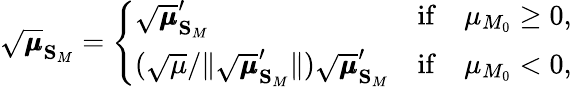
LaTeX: \sqrt{\pmb{\mu}}_{\mathbf{S}_{M}}=\left\{ \begin{array}{ll}{\sqrt{\pmb{\mu}}_{\mathbf{S}_{M}}^{\prime}}&{\mathrm{if}\quad\mu_{M_{0}}\geq 0,}\\ {(\sqrt{\mu}/\lVert\sqrt{\pmb{\mu}}_{\mathbf{S}_{M}}^{\prime}\rVert)\sqrt{\pmb{\mu}}_{\mathbf{S}_{M}}^{\prime}}&{\mathrm{if}\quad\mu_{M_{0}}<0,}\end{array}\right.